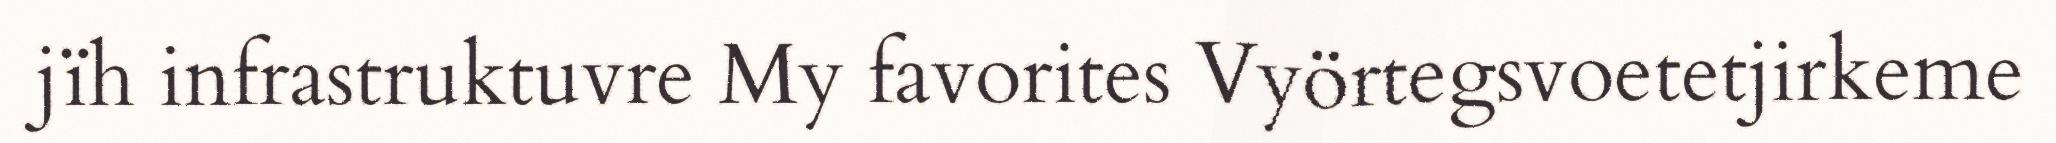
jïh infrastruktuvre My favorites Vyörtegsvoetetjirkeme